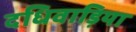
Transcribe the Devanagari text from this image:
दधिवाड़िया